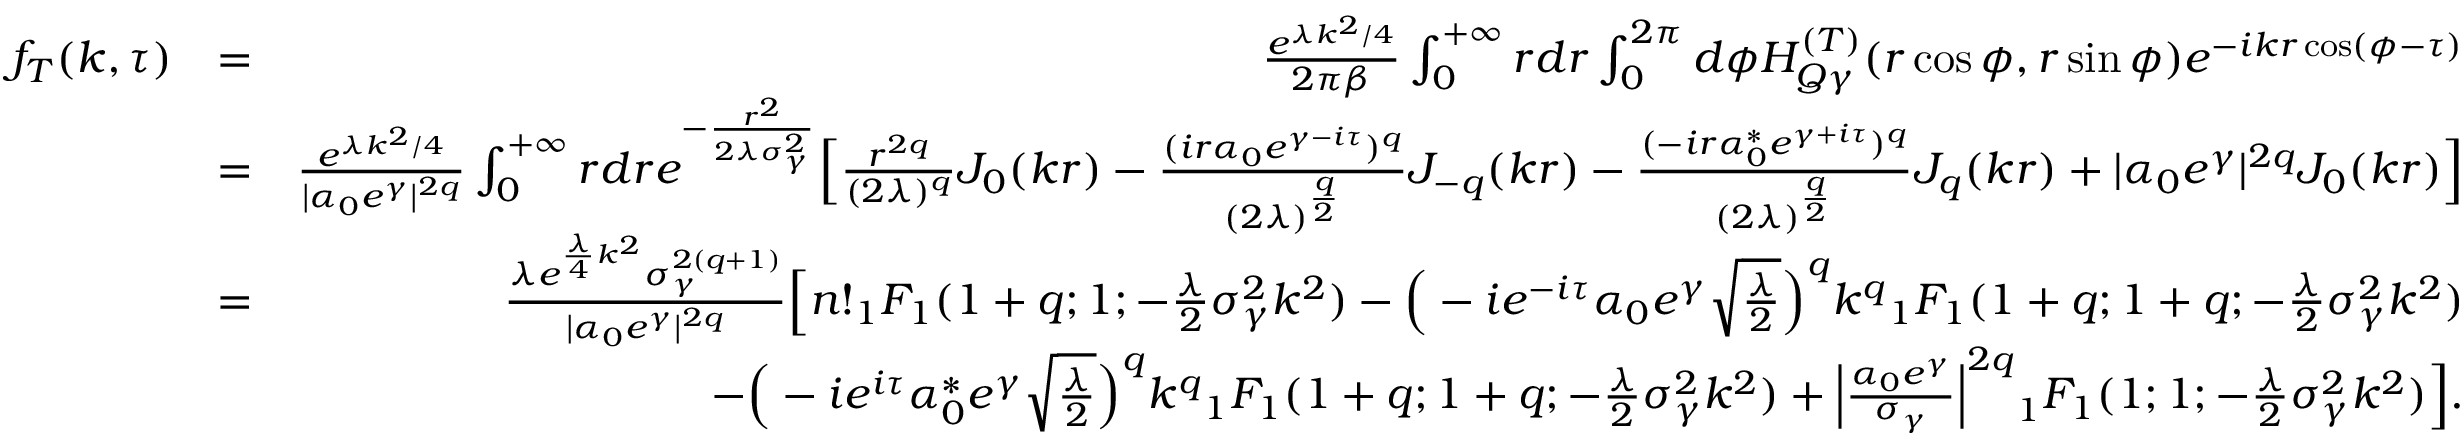
\begin{array} { r l r } { f _ { T } ( k , \tau ) } & { = } & { \frac { e ^ { \lambda k ^ { 2 } / 4 } } { 2 \pi \beta } \int _ { 0 } ^ { + \infty } r d r \int _ { 0 } ^ { 2 \pi } d \phi H _ { Q \gamma } ^ { ( T ) } ( r \cos \phi , r \sin \phi ) e ^ { - i k r \cos ( \phi - \tau ) } } \\ & { = } & { \frac { e ^ { \lambda k ^ { 2 } / 4 } } { | \alpha _ { 0 } e ^ { \gamma } | ^ { 2 q } } \int _ { 0 } ^ { + \infty } r d r e ^ { - \frac { r ^ { 2 } } { 2 \lambda \sigma _ { \gamma } ^ { 2 } } } \Big [ \frac { r ^ { 2 q } } { ( 2 \lambda ) ^ { q } } J _ { 0 } ( k r ) - \frac { ( i r \alpha _ { 0 } e ^ { \gamma - i \tau } ) ^ { q } } { ( 2 \lambda ) ^ { \frac { q } { 2 } } } J _ { - q } ( k r ) - \frac { ( - i r \alpha _ { 0 } ^ { * } e ^ { \gamma + i \tau } ) ^ { q } } { ( 2 \lambda ) ^ { \frac { q } { 2 } } } J _ { q } ( k r ) + | \alpha _ { 0 } e ^ { \gamma } | ^ { 2 q } J _ { 0 } ( k r ) \Big ] } \\ & { = } & { \frac { \lambda e ^ { \frac { \lambda } { 4 } k ^ { 2 } } \sigma _ { \gamma } ^ { 2 ( q + 1 ) } } { | \alpha _ { 0 } e ^ { \gamma } | ^ { 2 q } } \Big [ n ! { _ 1 F _ { 1 } } ( 1 + q ; 1 ; - \frac { \lambda } { 2 } \sigma _ { \gamma } ^ { 2 } k ^ { 2 } ) - \Big ( - i e ^ { - i \tau } \alpha _ { 0 } e ^ { \gamma } \sqrt { \frac { \lambda } { 2 } } \Big ) ^ { q } k ^ { q } { _ 1 F _ { 1 } } ( 1 + q ; 1 + q ; - \frac { \lambda } { 2 } \sigma _ { \gamma } ^ { 2 } k ^ { 2 } ) } \\ & { } & { - \Big ( - i e ^ { i \tau } \alpha _ { 0 } ^ { * } e ^ { \gamma } \sqrt { \frac { \lambda } { 2 } } \Big ) ^ { q } k ^ { q } { _ 1 F _ { 1 } } ( 1 + q ; 1 + q ; - \frac { \lambda } { 2 } \sigma _ { \gamma } ^ { 2 } k ^ { 2 } ) + \Big | \frac { \alpha _ { 0 } e ^ { \gamma } } { \sigma _ { \gamma } } \Big | ^ { 2 q } { _ 1 F _ { 1 } } ( 1 ; 1 ; - \frac { \lambda } { 2 } \sigma _ { \gamma } ^ { 2 } k ^ { 2 } ) \Big ] . } \end{array}